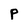
Character: P